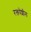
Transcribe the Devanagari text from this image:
रक्तपेशीना